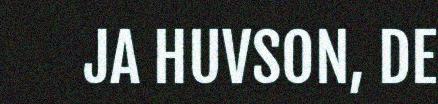
JA HUVSON, DE